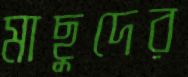
মাছুদের